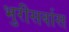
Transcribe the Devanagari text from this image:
भुरीसर्वास